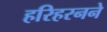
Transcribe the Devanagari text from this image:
हरिहरनने